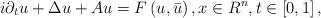
LaTeX: \begin{align*}i\partial _{t}u+\Delta u+Au=F\left( u,\bar{u}\right) ,x\in R^{n},t\in \left[ 0,1\right] , \end{align*}